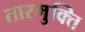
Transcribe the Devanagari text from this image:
तारमुक्ति